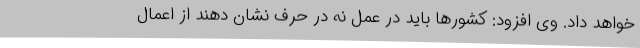
خواهد داد. وی افزود: کشورها باید در عمل نه در حرف نشان دهند از اعمال